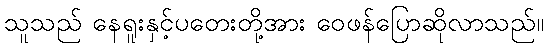
သူသည် နေရူးနှင့်ပတေးတို့အား ဝေဖန်ပြောဆိုလာသည်။